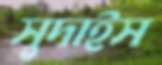
সুদাইস